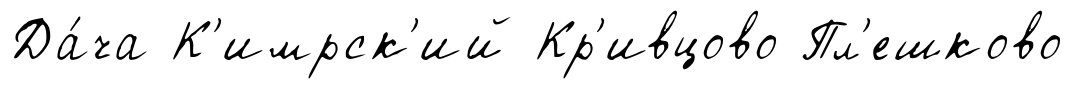
Да́ча К'имрск'ий Кр'ивцово Пл'ешково